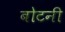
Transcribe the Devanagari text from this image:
बोटनी